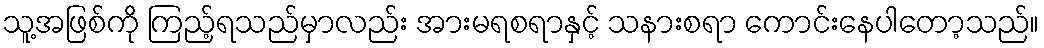
သူ့အဖြစ်ကို ကြည့်ရသည်မှာလည်း အားမရစရာနှင့် သနားစရာ ကောင်းနေပါတော့သည်။